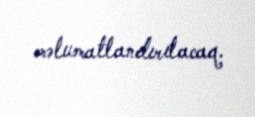
məlumatlandırılacaq.